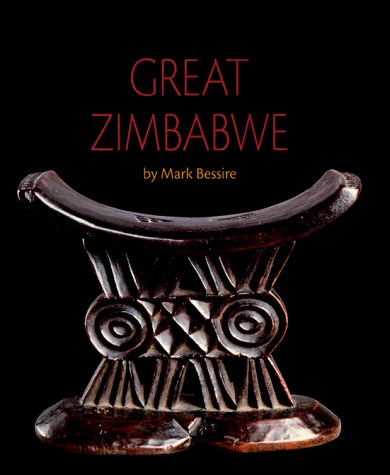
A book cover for Great Zimbabwe (African Civilizations); Mark H. C. Bessire; Children's Books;